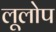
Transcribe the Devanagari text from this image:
लूलोप